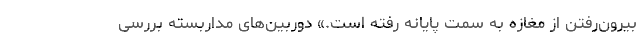
بیرون‌رفتن از مغازه به سمت پایانه رفته است.» دوربین‌های مداربسته بررسی